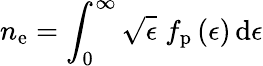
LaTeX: n_{\mathrm{e}}=\int_{0}^{\infty}\sqrt{\epsilon}\; f_{\mathrm{p}}\left(\epsilon\right)\, \mathrm{d}\epsilon